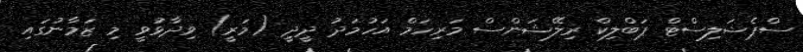
ސްޕެޝަލިސްޓް ޕަބްލިކް ރިލޭޝަންސް މަރިހަމް އަހުމަދު ދީދީ (މަރީ) ވިދާޅުވީ މި ޒަމާނުގައި